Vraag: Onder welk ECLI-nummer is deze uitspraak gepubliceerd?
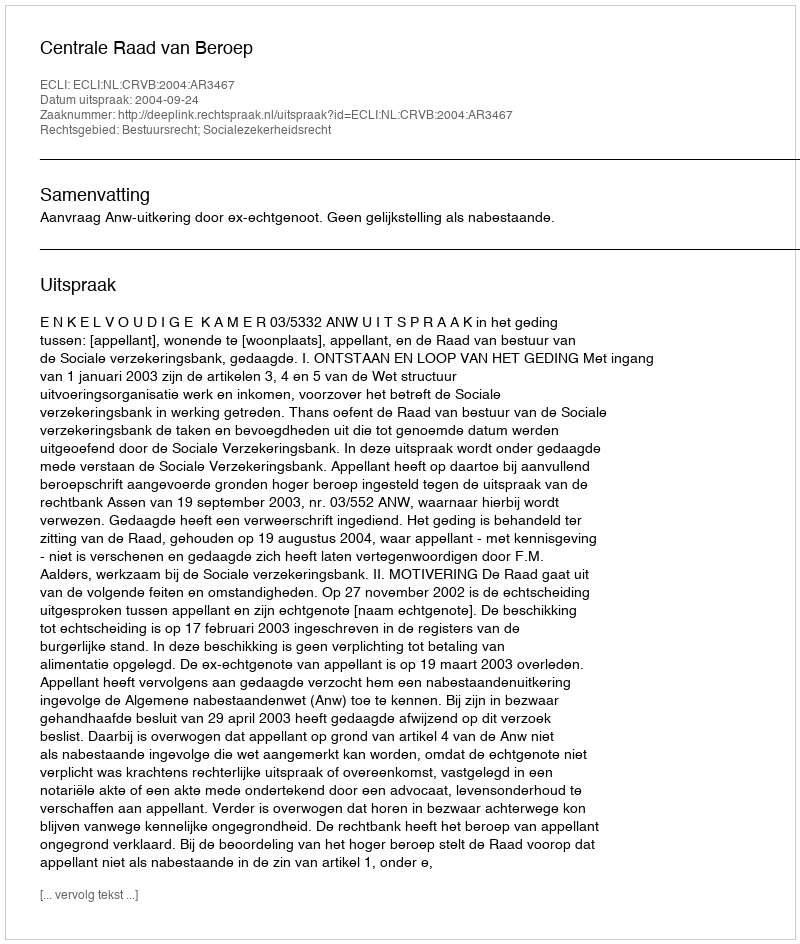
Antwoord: ECLI:NL:CRVB:2004:AR3467